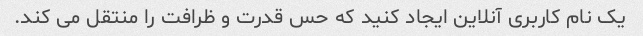
یک نام کاربری آنلاین ایجاد کنید که حس قدرت و ظرافت را منتقل می کند.